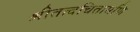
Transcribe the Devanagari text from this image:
श्रीतत्वचितामणि